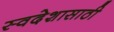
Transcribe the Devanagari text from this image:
स्वदेशासाठी